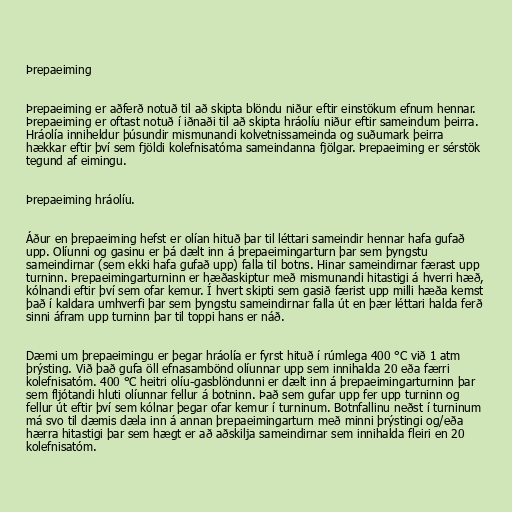
Þrepaeiming

Þrepaeiming er aðferð notuð til að skipta blöndu niður eftir einstökum efnum hennar.
Þrepaeiming er oftast notuð í iðnaði til að skipta hráolíu niður eftir sameindum þeirra.
Hráolía inniheldur þúsundir mismunandi kolvetnissameinda og suðumark þeirra
hækkar eftir því sem fjöldi kolefnisatóma sameindanna fjölgar. Þrepaeiming er sérstök
tegund af eimingu.

Þrepaeiming hráolíu.

Áður en þrepaeiming hefst er olían hituð þar til léttari sameindir hennar hafa gufað
upp. Olíunni og gasinu er þá dælt inn á þrepaeimingarturn þar sem þyngstu
sameindirnar (sem ekki hafa gufað upp) falla til botns. Hinar sameindirnar færast upp
turninn. Þrepaeimingarturninn er hæðaskiptur með mismunandi hitastigi á hverri hæð,
kólnandi eftir því sem ofar kemur. Í hvert skipti sem gasið færist upp milli hæða kemst
það í kaldara umhverfi þar sem þyngstu sameindirnar falla út en þær léttari halda ferð
sinni áfram upp turninn þar til toppi hans er náð.

Dæmi um þrepaeimingu er þegar hráolía er fyrst hituð í rúmlega 400 °C við 1 atm
þrýsting. Við það gufa öll efnasambönd olíunnar upp sem innihalda 20 eða færri
kolefnisatóm. 400 °C heitri olíu-gasblöndunni er dælt inn á þrepaeimingarturninn þar
sem fljótandi hluti olíunnar fellur á botninn. Það sem gufar upp fer upp turninn og
fellur út eftir því sem kólnar þegar ofar kemur í turninum. Botnfallinu neðst í turninum
má svo til dæmis dæla inn á annan þrepaeimingarturn með minni þrýstingi og/eða
hærra hitastigi þar sem hægt er að aðskilja sameindirnar sem innihalda fleiri en 20
kolefnisatóm.